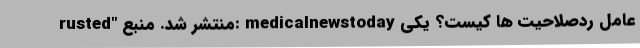
rusted" منتشر شد. منبع: medicalnewstoday عامل ردصلاحیت‌ ها کیست؟ یکی